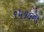
૧૫૬૬ના